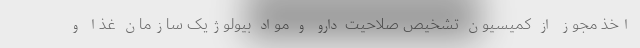
اخذ مجوز از کمیسیون تشخیص صلاحیت دارو و مواد بیولوژیک سازمان غذا و